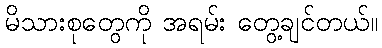
မိသားစုတွေကို အရမ်း တွေ့ချင်တယ်။